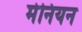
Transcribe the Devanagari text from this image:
मेनियन